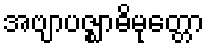
အဗျာပဇ္ဈာဓိမုတ္တော